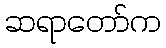
ဆရာတော်က